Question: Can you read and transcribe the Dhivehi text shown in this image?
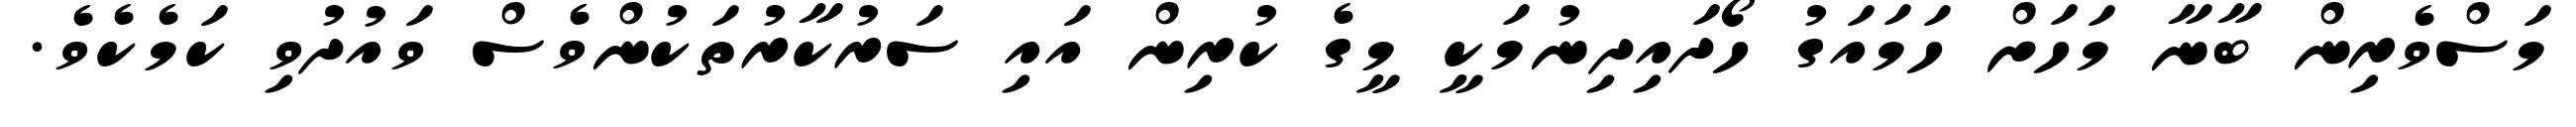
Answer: މަސްވެރިން ބާނާ މަހަށް ހަމައަގު ހޯދައިދިނުމަކީ މީގެ ކުރިން އައި ސަރުކާރުތަކުންވެސް ވައުދުވި ކަމެކެވެ.